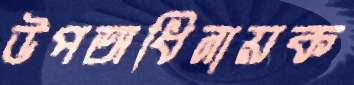
উপঅধিনায়ক